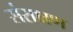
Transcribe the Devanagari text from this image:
संराक्षण